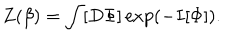
Z ( \beta ) = \int [ D \Phi ] \exp ( - I [ \Phi ] ) .